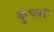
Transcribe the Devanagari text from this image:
कुंच्यां